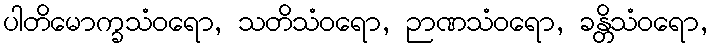
ပါတိမောက္ခသံဝရော, သတိသံဝရော, ဉာဏသံဝရော, ခန္တိသံဝရော,